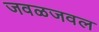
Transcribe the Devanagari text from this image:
जवळजवल